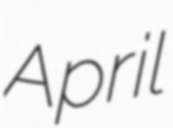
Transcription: April